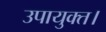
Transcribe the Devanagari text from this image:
उपायुक्त।